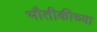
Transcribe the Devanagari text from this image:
भौतीकीच्या